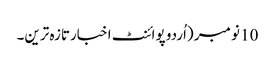
10 نومبر (اُردو پوائنٹ اخبارتازہ ترین۔